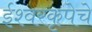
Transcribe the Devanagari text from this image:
ईश्वरकृपेचे